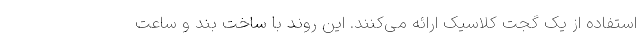
استفاده از یک گجت کلاسیک ارائه می‌کنند. این روند با ساخت بند و ساعت